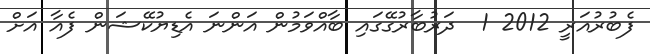
ފެބުރުއަރީ 2012 1  ދަރުބާރުގޭގައި ބާއްވަމުން އަންނަ އެޑިޔުކޭޝަން ފެއާ އަށް